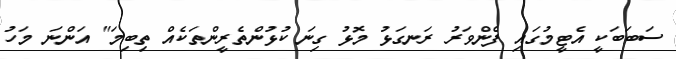
ސަބަބަކީ އެޓީމުގައި ފެންވަރު ރަނގަޅު މޮޅު ގިނަ ކުޅުންތެރީންތަކެއް ތިބިމަ" އަންނަ މަހު